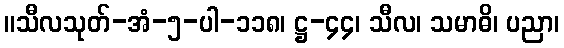
။သီလသုတ်-အံ-၅-ပါ-၁၁၈၊ ဋ္ဌ-၄၄၊ သီလ၊ သမာဓိ၊ ပညာ၊